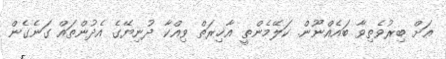
އަށް ބިރުވެތިވާ ބައެއްނޫން. ކަލޭމެންތީ އާޚިރަތް ވިއްކާ ދުނިޔޭގެ އެދުންތައް ގަނެގެން